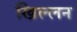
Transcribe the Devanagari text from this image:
खिल्लन